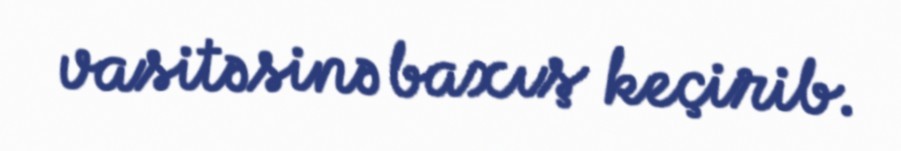
vasitəsinə baxış keçirib.